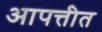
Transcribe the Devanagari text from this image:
आपत्तीत